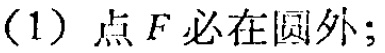
(1) 点 \(F\) 必在圆外；